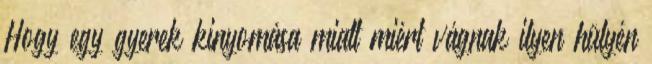
Hogy egy gyerek kinyomása miatt miért vágnak ilyen hülyén